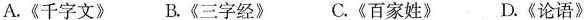
A.《千字文》 B.《三字经》 C.《百家姓》 D.《论语》